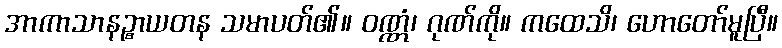
အာကာသာနဉ္စာယတန သမာပတ်၏။ ဝဏ္ဏံ၊ ဂုဏ်ကို။ ကထေသိ၊ ဟောတော်မူပြီ။